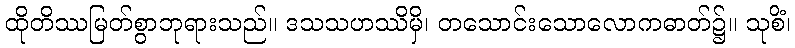
ထိုတိဿမြတ်စွာဘုရားသည်။ ဒသသဟဿိမှိ၊ တသောင်းသောလောကဓာတ်၌။ သုစိံ၊